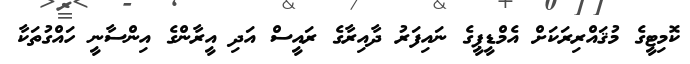
ކޮމިޓީގެ މުޤައްރިރަކަށް އެމްޑީޕީގެ ނައިފަރު ދާއިރާގެ ރައީސް އަދި އީރާންގެ އިންސާނީ ހައްގުތަކާ